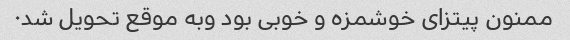
ممنون پیتزای خوشمزه و خوبی بود وبه موقع تحویل شد۰